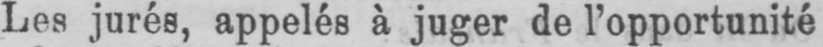
Les jurés, appelés à juger de l’opportunité